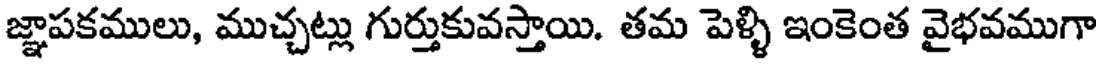
జ్ఞాపకములు, ముచ్చట్లు గుర్తుకువస్తాయి. తమ పెళ్ళి ఇంకెంత వైభవముగా